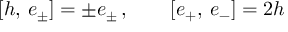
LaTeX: [ h , \, e _ { \pm } ^ { } ] = \pm e _ { \pm } ^ { } \, , \qquad [ e _ { + } ^ { } , \, e _ { - } ^ { } ] = 2 h \,